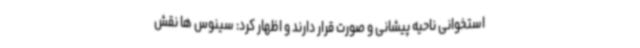
استخوانی ناحیه پیشانی و صورت قرار دارند و اظهار کرد: سینوس ها نقش